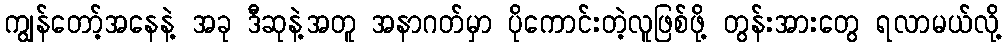
ကျွန်တော့်အနေနဲ့ အခု ဒီဆုနဲ့အတူ အနာဂတ်မှာ ပိုကောင်းတဲ့လူဖြစ်ဖို့ တွန်းအားတွေ ရလာမယ်လို့